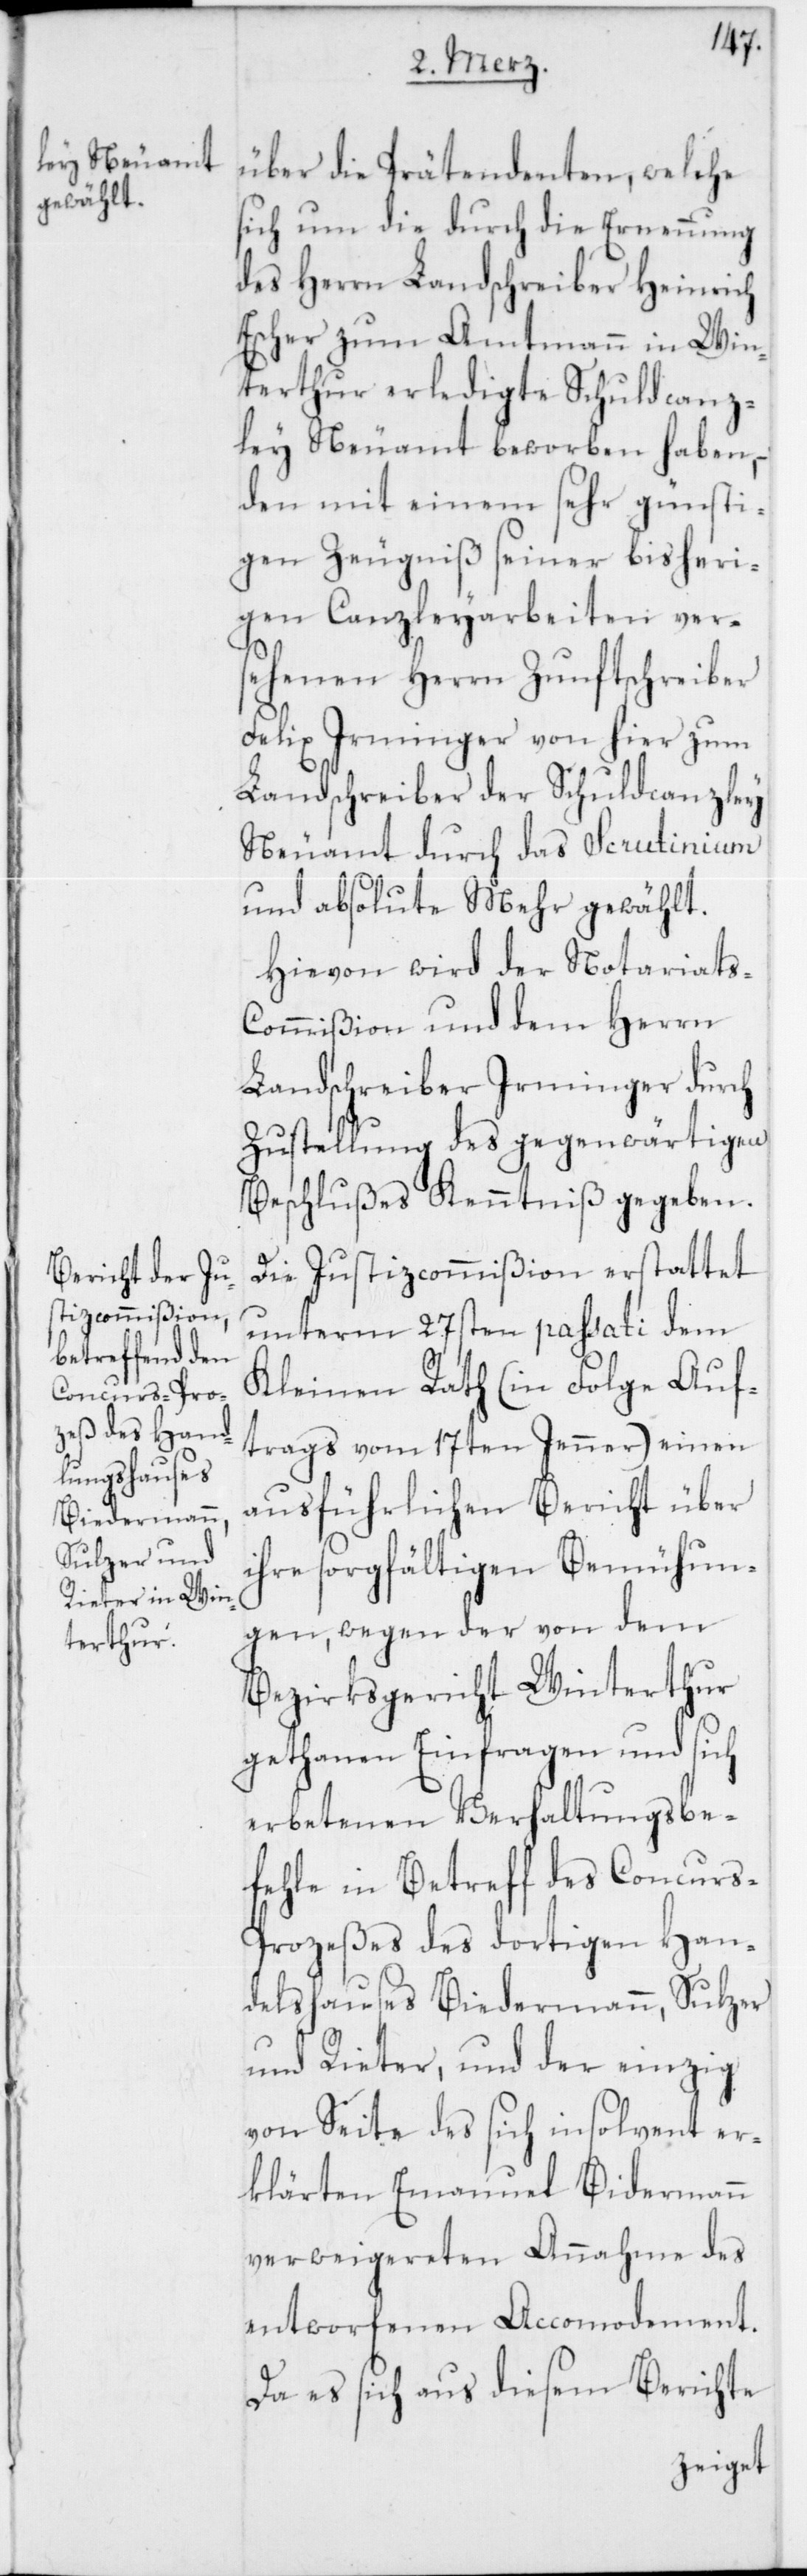
über die Prätendenten, welche
sich um die durch die Ernennung
des Herrn Landschreiber Heinrich
Escher zum Amtmann in Win¬
terthur erledigte Schuldcanz¬
ley Neuamt beworben haben,
den mit einem sehr günsti¬
gen Zeugniß seiner bisheri¬
gen Canzleyarbeiten ver¬
sehenen Herrn Zunftschreiber
Felix Irminger von hier zum
Landschreiber der Schuldcanzley
Neuamt durch das Scrutinium
und absolute Mehr gewählt.
Hievon wird der Notariats-C¬
ommißion und dem Herrn
Landschreiber Irminger durch
Zustellung des gegenwärtigen
Beschlußes Kenntniß gegeben.
Die Justizcommißion erstattet
unterm 27sten passati dem
Kleinen Rath (in Folge Auf¬
trags vom 17ten Jenner) einen
ausführlichen Bericht über
ihre sorgfältigen Bemühun¬
gen, wegen der von dem
Bezirksgericht Winterthur
gethanen Einfragen und sich
erbetenen Verhaltungsbe¬
fehle in Betreff des Concurs-P¬
rozeßes des dortigen Han¬
dleshauses Biedermann, Sulzer
und Rieter, und der einzig
von Seite des sich insolvent er¬
klärten Emanuel Biedermann
verweigereten Annahme des
entworfenen Accomodement.
Da es sich aus diesem Berichte